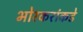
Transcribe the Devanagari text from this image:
भोरकरांकडे